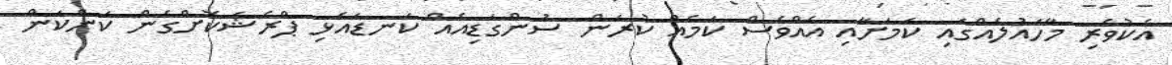
އެކުވެރި މާހައުލެއްގައި ކަމަށާއި އެއްވެސް ކަމެއް ކުރަން ސުންގަޑިއެއް ކަނޑައެޅި ޕްރެޝަކޮށްގެން ކަންކަން